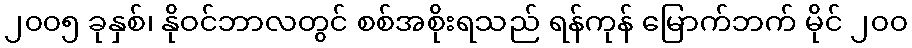
၂၀၀၅ ခုနှစ်၊ နိုဝင်ဘာလတွင် စစ်အစိုးရသည် ရန်ကုန် မြောက်ဘက် မိုင် ၂၀၀